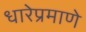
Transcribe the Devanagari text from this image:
धारेप्रमाणे